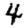
Digit: 4